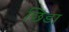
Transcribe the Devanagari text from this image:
छिडा